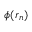
\phi ( \boldsymbol { r } _ { n } )